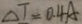
\Delta T = 0 . 4 A